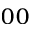
_ { 0 0 }